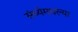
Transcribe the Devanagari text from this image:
संध्येमधल्या